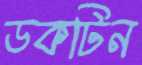
ডকটিন